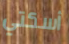
أسكتي